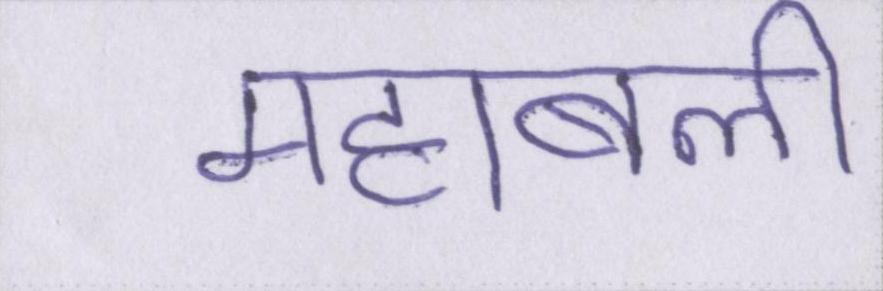
महाबली